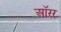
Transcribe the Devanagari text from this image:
ऑरर